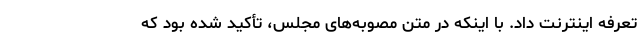
تعرفه اینترنت داد. با اینکه در متن مصوبه‌های مجلس، تأکید شده بود که